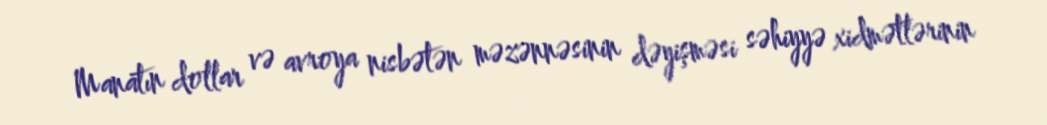
Manatın dollar və avroya nisbətən məzənnəsinin dəyişməsi səhiyyə xidmətlərinin